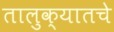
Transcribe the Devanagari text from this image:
तालुक्यातचे